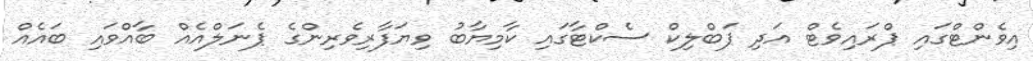
އިވެންޓްގައި ޕްރައިވެޓް އަދި ޕަބްލިކް ސެކްޓާގައި ކާމިޔާބު ވިޔަފާރިވެރިންގެ ޕެނަލްއެއް ބާއްވައި ބައެއް